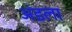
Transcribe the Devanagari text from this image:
अंडला